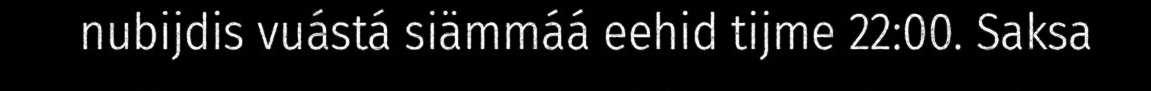
nubijdis vuástá siämmáá eehid tijme 22:00. Saksa